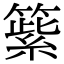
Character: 𥲕